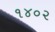
૧૪૦૨